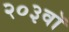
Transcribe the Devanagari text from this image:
२०३वॉ